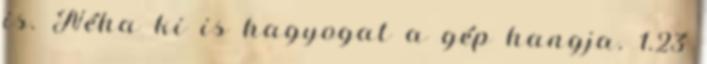
is. Néha ki is hagyogat a gép hangja. 1.23